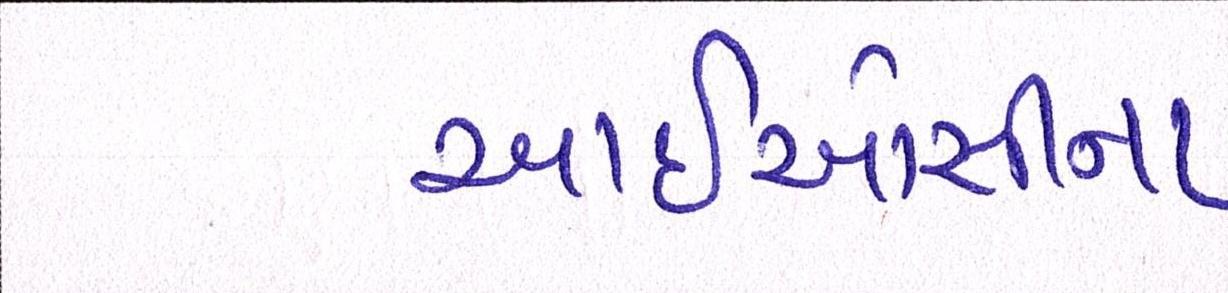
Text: આઈઓસીના